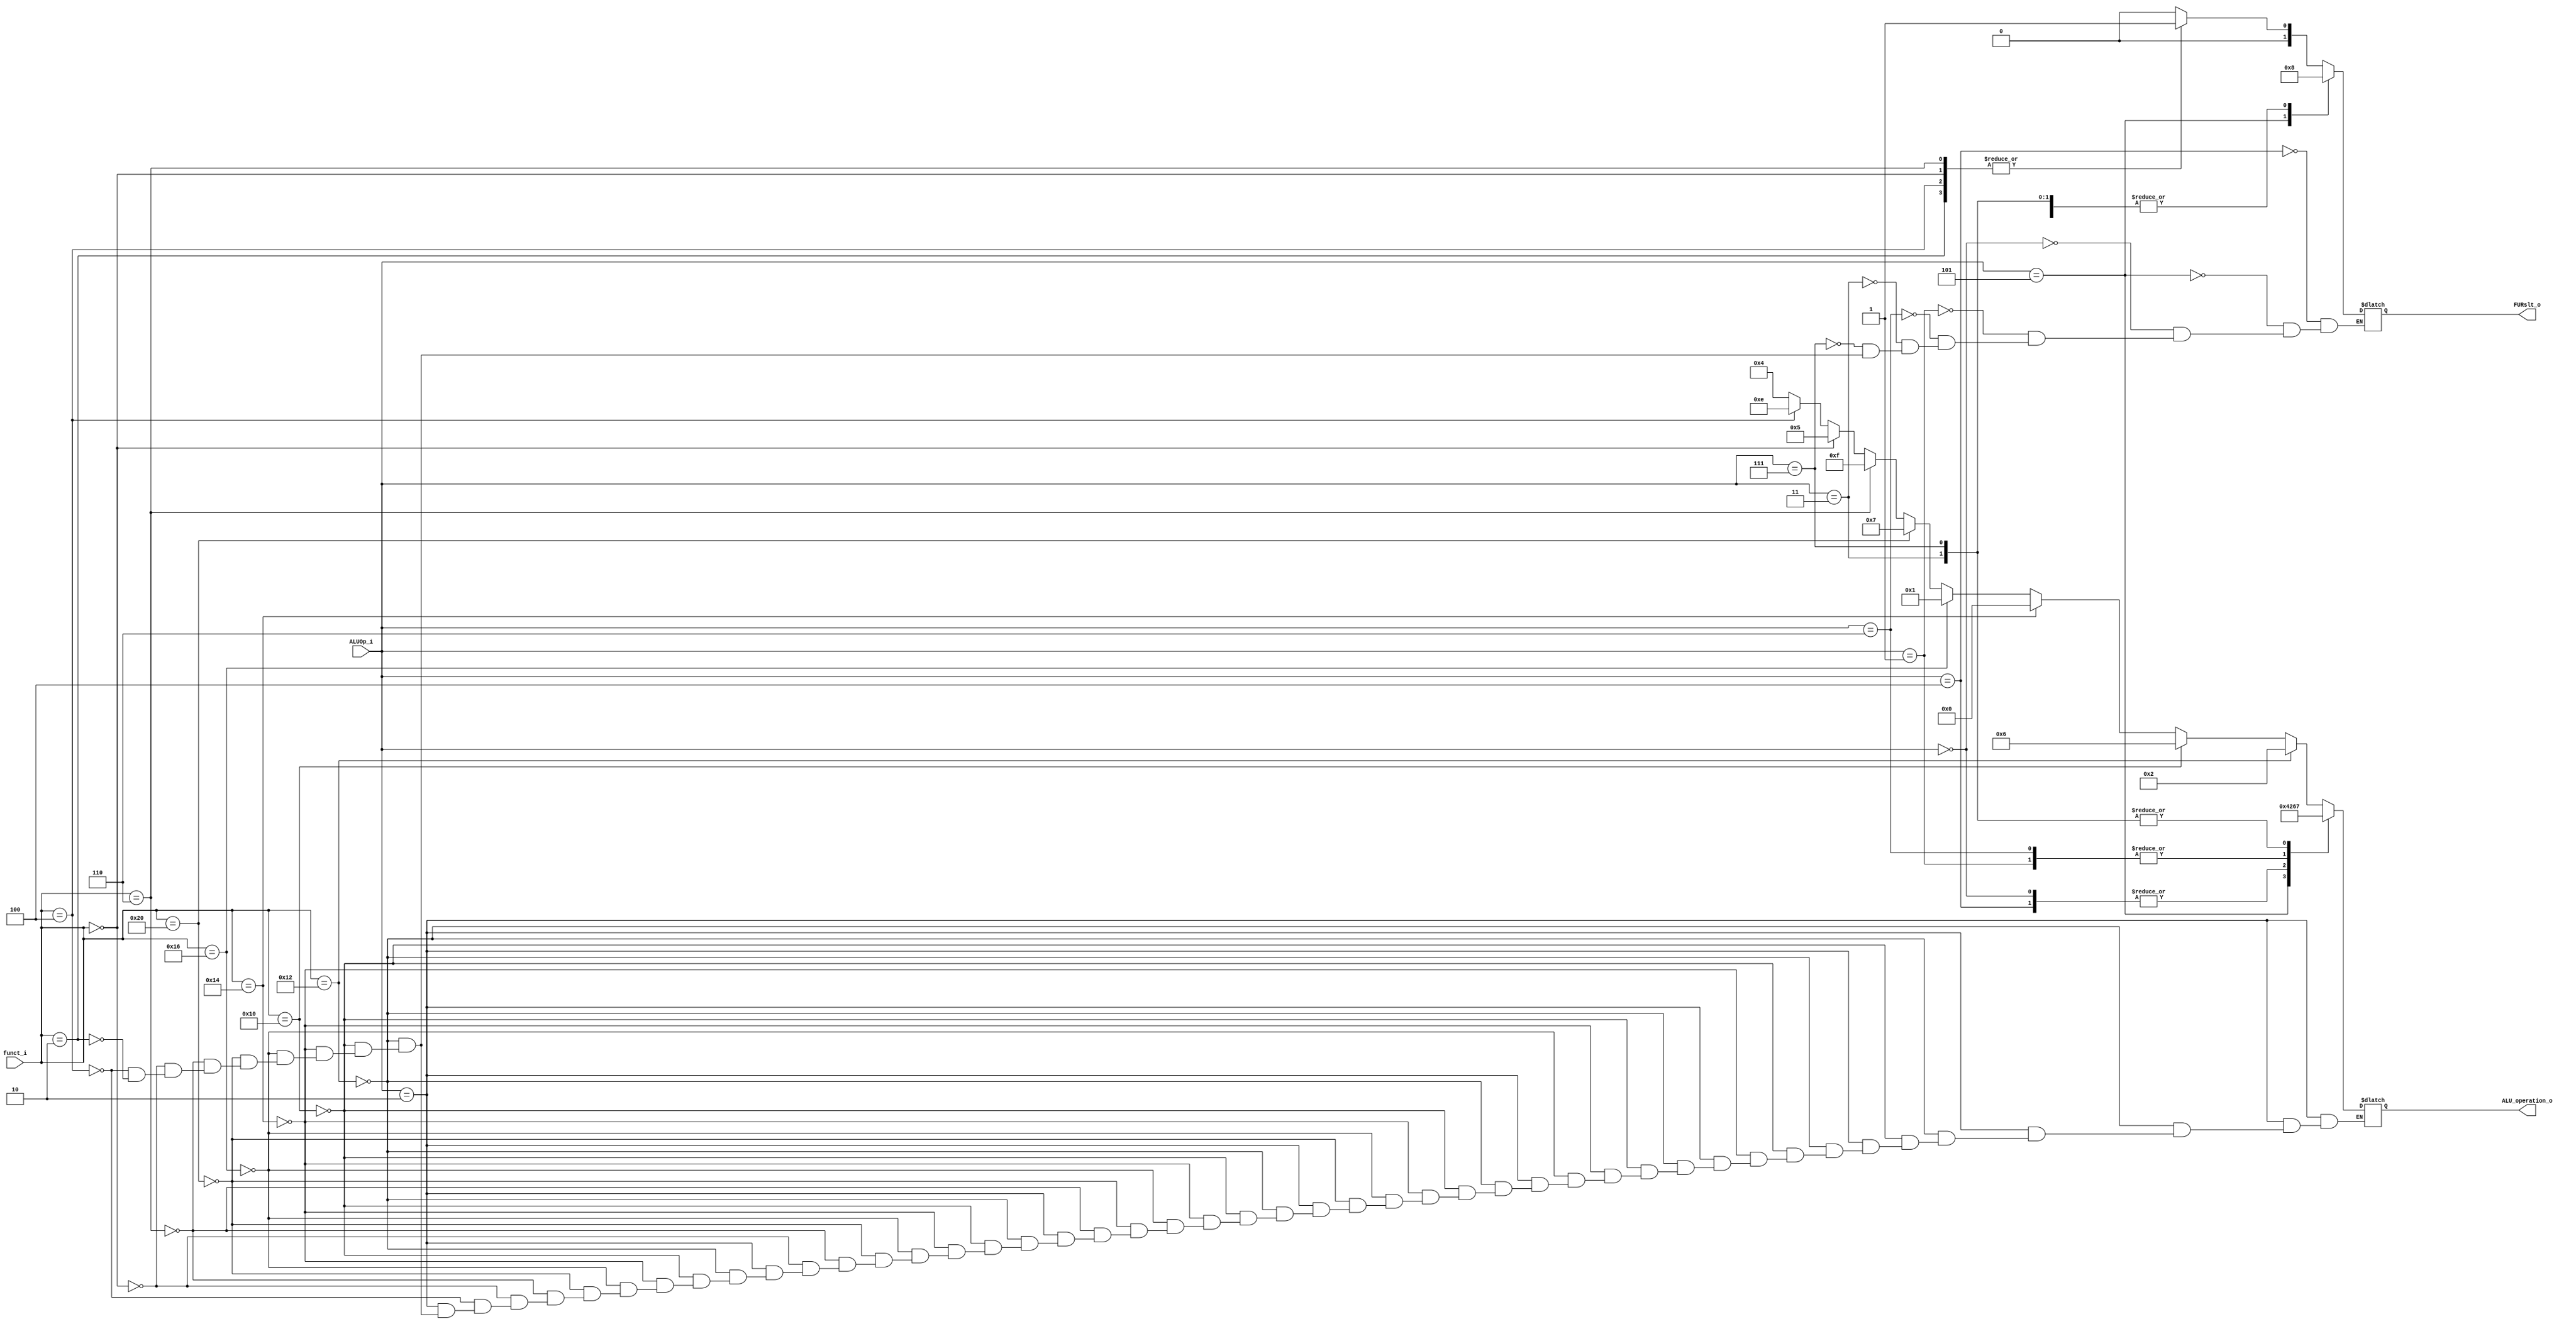
module ALU_Ctrl( funct_i, ALUOp_i, ALU_operation_o, FURslt_o );

//I/O ports 
input      [6-1:0] funct_i;
input      [3-1:0] ALUOp_i;

output     [4-1:0] ALU_operation_o;  
output     [2-1:0] FURslt_o;
     
//Internal Signals
wire		[4-1:0] ALU_operation_o;
wire		[2-1:0] FURslt_o;

reg 		[4-1:0] ALU_operation;
reg			[2-1:0]	FURslt;
//Main function
/*your code here*/

// ALUOP parameter
parameter [3-1:0] ALUOP_RTYPE=	3'b010;
parameter [3-1:0] ALUOP_ADDI =	3'b100;
parameter [3-1:0] ALUOP_LUI  =	3'b101;
parameter [3-1:0] ALUOP_LWSW  =	3'b000;
parameter [3-1:0] ALUOP_BEQ  =	3'b001;
parameter [3-1:0] ALUOP_BNE  =	3'b110;
parameter [3-1:0] ALUOP_BLT  =	3'b011;
parameter [3-1:0] ALUOP_BGEZ  =	3'b111;
//parameter [3-1:0] ALUOP_JUMP  =	3'bx;

// FUNCTION parameter
parameter [6-1:0] FUNC_ADD = 6'b010010;
parameter [6-1:0] FUNC_SUB = 6'b010000;
parameter [6-1:0] FUNC_AND = 6'b010100;
parameter [6-1:0] FUNC_OR  = 6'b010110;
parameter [6-1:0] FUNC_NOT = 6'b101111;
parameter [6-1:0] FUNC_SLT = 6'b100000;
parameter [6-1:0] FUNC_SLLV= 6'b000110;
parameter [6-1:0] FUNC_SLL = 6'b000000;
parameter [6-1:0] FUNC_SRLV= 6'b000100;
parameter [6-1:0] FUNC_SRL = 6'b000010;
parameter [6-1:0] FUNC_JR  = 6'b001000;

always@(*) begin
//	$display("[ALU_Ctr]==>get ALUop = %b",ALUOp_i);
	case (ALUOp_i)
		// R-type
 		ALUOP_RTYPE :begin
		 		if (funct_i == FUNC_ADD 	) 	ALU_operation = 4'b0010;	//2
			else if (funct_i == FUNC_SUB	) 	ALU_operation = 4'b0110;	//6
			else if (funct_i == FUNC_AND	) 	ALU_operation = 4'b0000;	//0
			else if (funct_i == FUNC_OR  	) 	ALU_operation = 4'b0001;	//1
			else if (funct_i == FUNC_SLT	) 	ALU_operation = 4'b0111;	//7
			else if (funct_i == FUNC_SLLV	) 	ALU_operation = 4'b1111;//?	//15
			else if (funct_i == FUNC_SLL	) 	ALU_operation = 4'b0101;	//5
			else if (funct_i == FUNC_SRLV	) 	ALU_operation = 4'b1110;	//14
			else if (funct_i == FUNC_SRL	)	ALU_operation = 4'b0100;//?	//4
		//	else if (funct_i == FUNC_NOR	)	ALU_operation = 4'b1100;	//12
		end
		ALUOP_ADDI 	:	ALU_operation = 4'b0010;//add
		ALUOP_LUI 	:	ALU_operation = 4'b0100;//dont care
		ALUOP_LWSW	:	ALU_operation = 4'b0010;//add
		ALUOP_BEQ	:	ALU_operation = 4'b0110;//sub
		ALUOP_BNE	:	ALU_operation = 4'b0110;//sub
		ALUOP_BLT	:	ALU_operation = 4'b0111;//slt
		ALUOP_BGEZ	:	ALU_operation = 4'b0111;//slt
	endcase
	
	case (funct_i)
		FUNC_ADD:	FURslt = 2'b00;
		FUNC_SUB:	FURslt = 2'b00;
		FUNC_AND:	FURslt = 2'b00;
		FUNC_OR :	FURslt = 2'b00;
		//FUNC_NOR:	FURslt = 2'b00;
		FUNC_SLT:	FURslt = 2'b00;
		FUNC_SLLV:	FURslt = 2'b01;
		FUNC_SLL:	FURslt = 2'b01;
		FUNC_SRLV:	FURslt = 2'b01;
		FUNC_SRL:	FURslt = 2'b01;
	endcase
	case(ALUOp_i)
		ALUOP_ADDI:	FURslt = 2'b00;
		ALUOP_LUI:	FURslt = 2'b10;
		ALUOP_LWSW:	FURslt = 2'b00;
		ALUOP_BEQ:	FURslt = 2'b00;//dont care
		ALUOP_BNE:	FURslt = 2'b00;//dont care
		ALUOP_BLT:	FURslt = 2'b00;//dont care
		ALUOP_BGEZ:	FURslt = 2'b00;//dont care
	endcase
/*
	case(FURslt)
	2'b00:	$display("[ALU_Ctr]==> ALU result");
	2'b01:	$display("[ALU_Ctr]==> Shifter result");
	2'b10:	$display("[ALU_Ctr]==> Zero_filled result");
	endcase
*/
end

assign ALU_operation_o = ALU_operation;
assign FURslt_o = FURslt;
endmodule